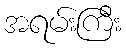
အရမ်းကြီး